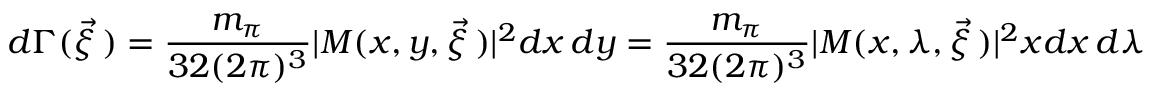
d \Gamma ( \vec { \xi } \, ) = \frac { m _ { \pi } } { 3 2 ( 2 \pi ) ^ { 3 } } | M ( x , y , \vec { \xi } \, ) | ^ { 2 } d x \, d y = \frac { m _ { \pi } } { 3 2 ( 2 \pi ) ^ { 3 } } | M ( x , \lambda , \vec { \xi } \, ) | ^ { 2 } x d x \, d \lambda